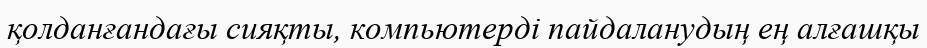
қолданғандағы сияқты, компьютерді пайдаланудың ең алғашқы